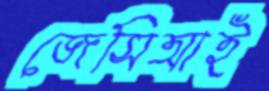
জেসিআই